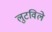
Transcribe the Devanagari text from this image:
लुटविले